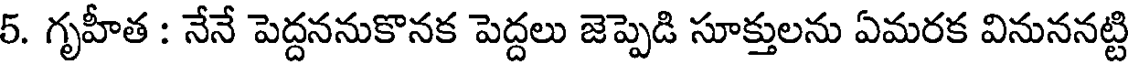
5. గృహీత : నేనే పెద్దననుకొనక పెద్దలు జెప్పెడి సూక్తులను ఏమరక వినుననట్టి